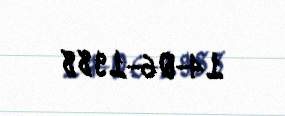
14-06-1988